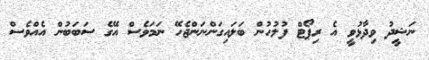
ނަޝީދު ވިދާޅުވީ އެ ރިޕޯޓް ފުލުހުން ބަލައިގަންނަންޖެހޭ ނަމަވެސް އޭގެ ސަބަބުން އެއްވެސް